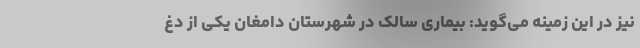
نیز در این زمینه می‌گوید: بیماری سالک در شهرستان دامغان یکی از دغ